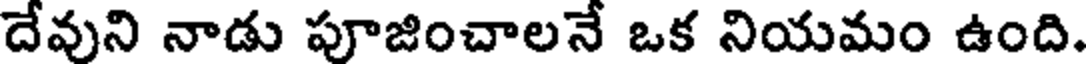
దేవుని నాడు పూజించాలనే ఒక నియమం ఉంది.